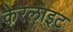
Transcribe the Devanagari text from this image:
केरलाइट